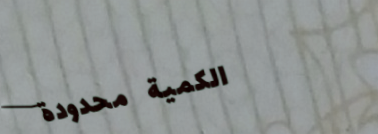
الكمية محدودة